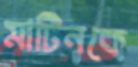
মার্টিনকে